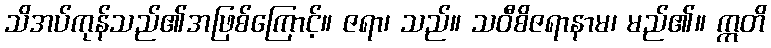
သိအပ်ကုန်သည်၏အဖြစ်ကြောင့်။ ဇရာ၊ သည်။ သဝီစိဇရာနာမ၊ မည်၏။ ဣတိ